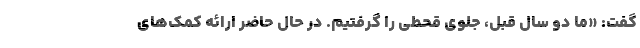
گفت: «ما دو سال قبل، جلوی قحطی را گرفتیم. در حال حاضر ارائه کمک‌های